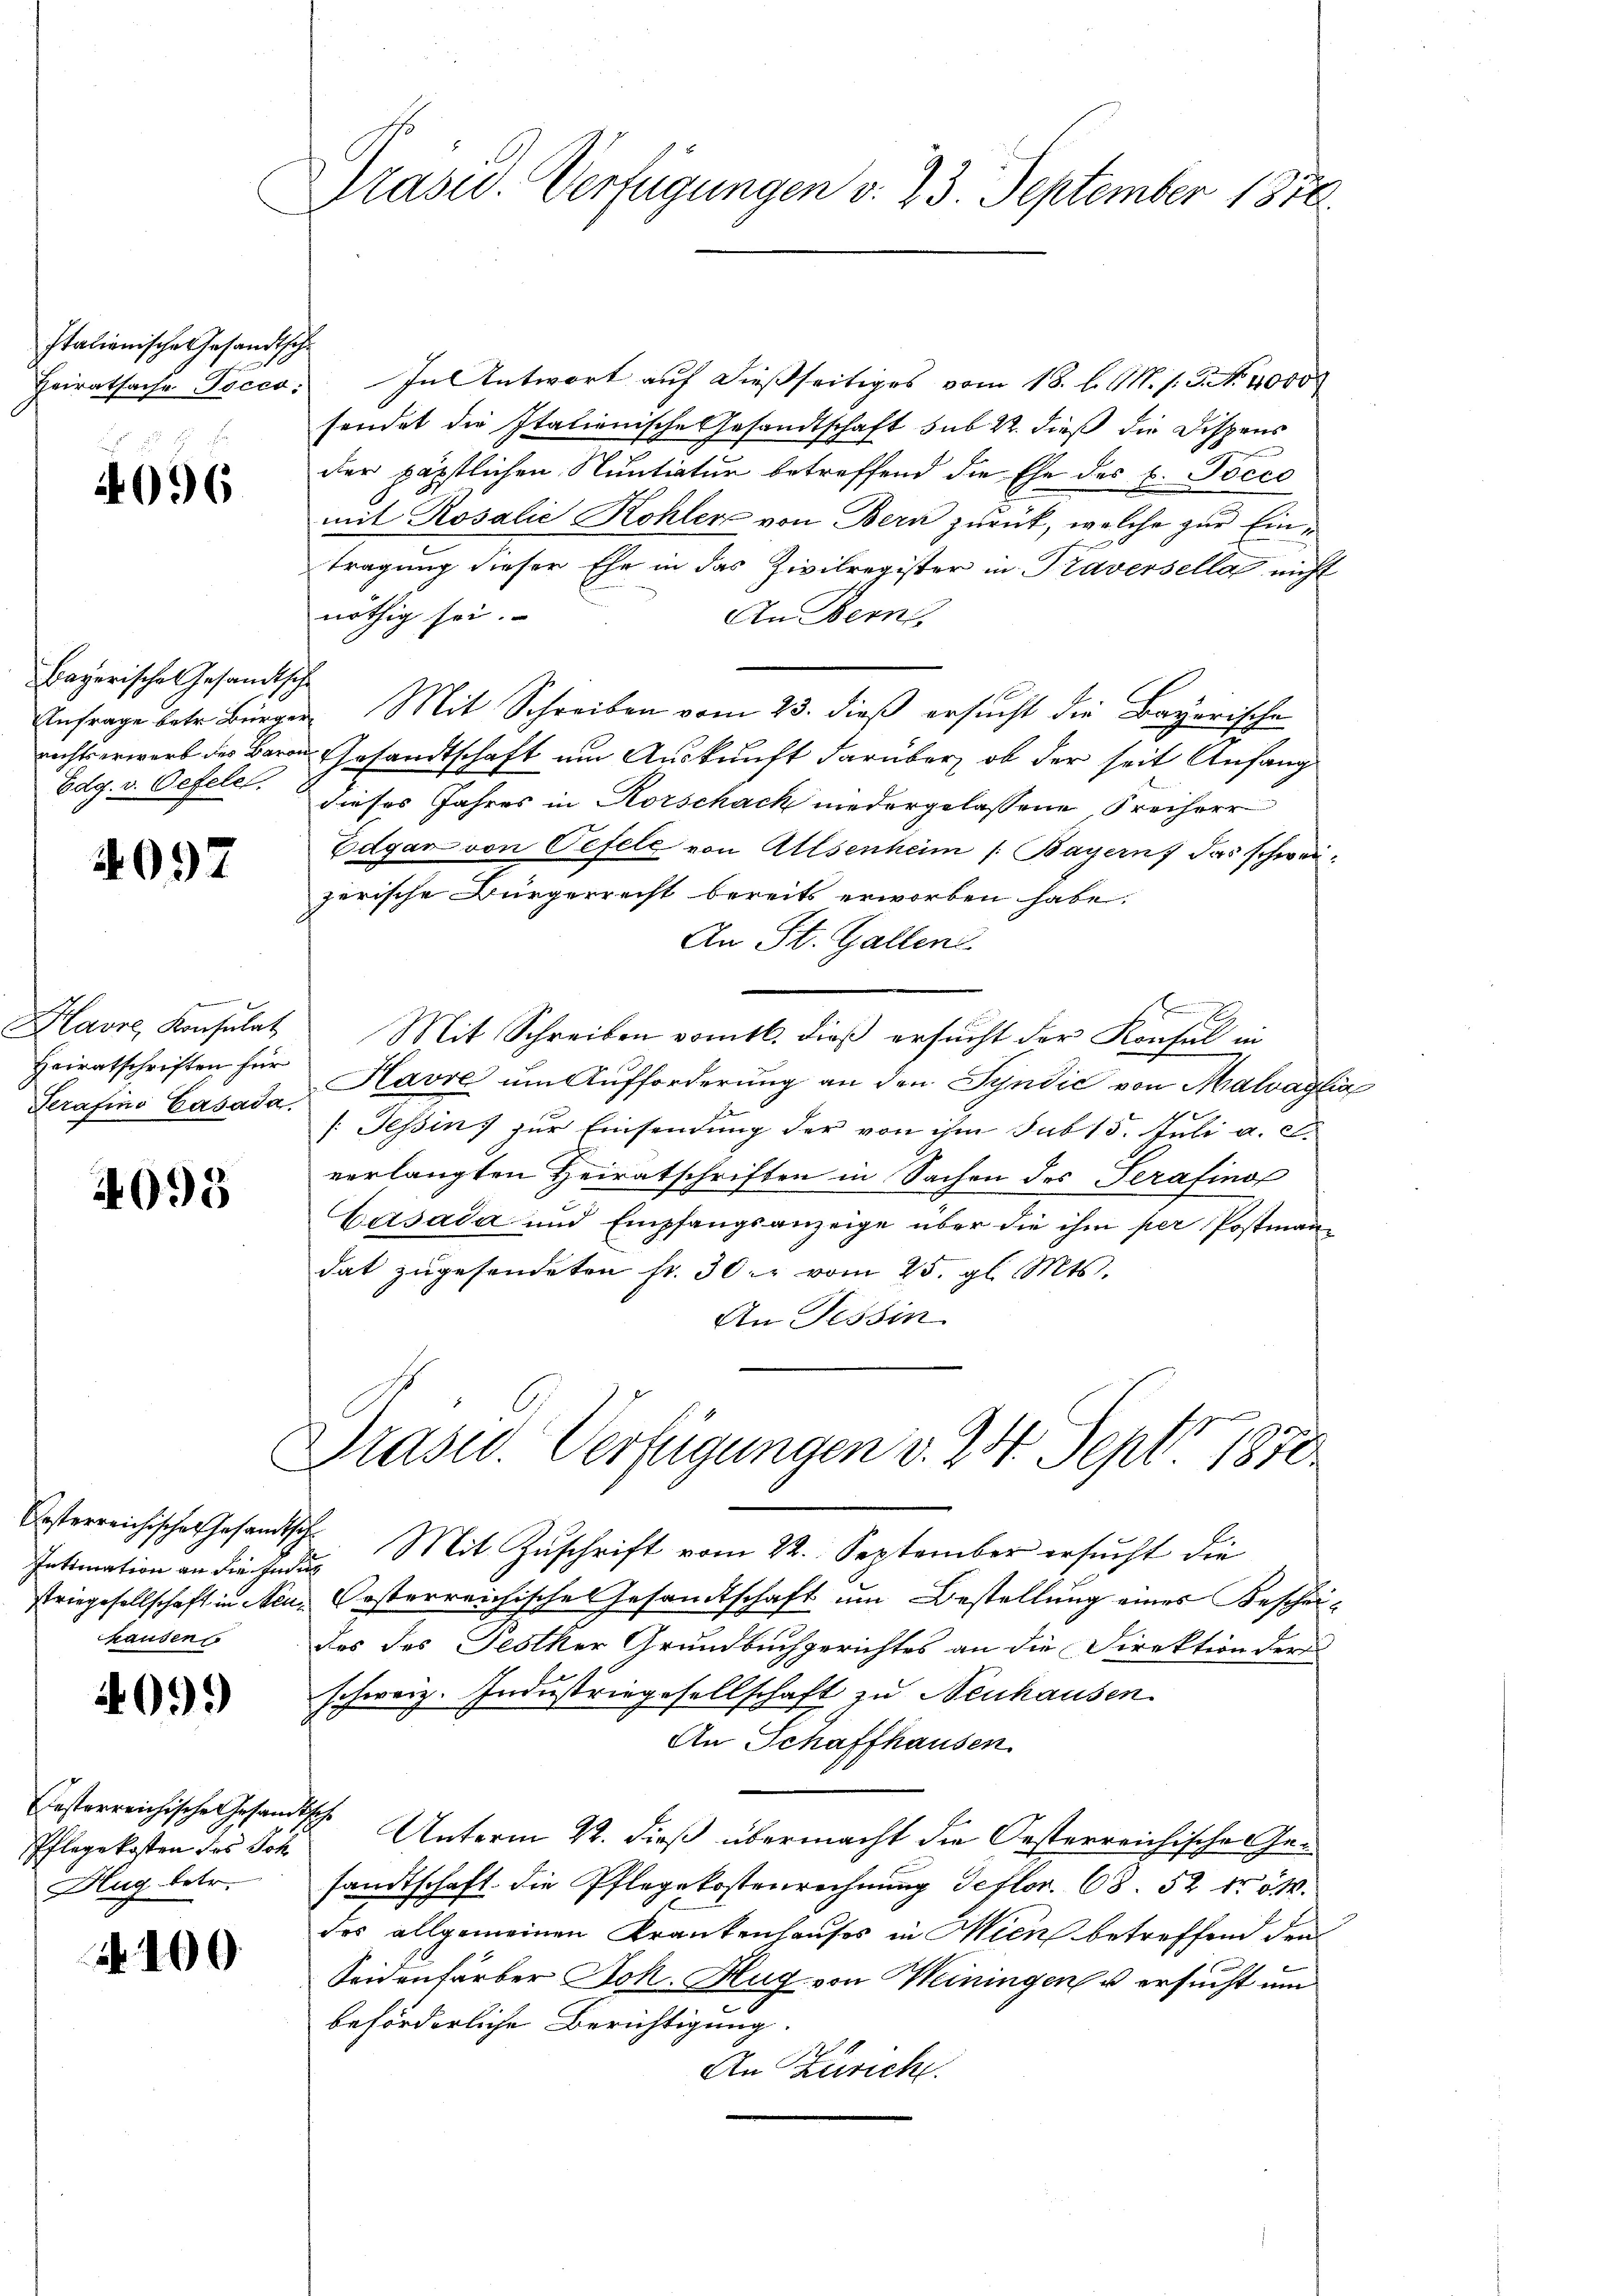
Italienische Gesandtsche

4096

bayerische Gesandtsche
Edg. v. Oefele

4097

e
Havre, Konsulat
Heiratschriften für
Serafins Casada,

4095

besterreichischen Gesandtsch
hausen

2099

festerreichische Gesandtsche
Pflegekosten des Joh
Hug betr.

100

Präsid. Verfügungen v. 23. September 1850.

Heiratsache Pocco: In Antwort auf dießseitiges vom 18. l. M. h. G. No. 4000
sendet die Italienische Gesandtschaft sub 22. dieß die Dispens
der päpstlichen Suntiatur betreffend die Ehe des E. Pocce
mit Rosalie Kohler von Bern zurück, welche zur Eintragung dieser Ehe in das Zivilregister in Traversella nicht
nöthig sei.
An Bern
Anfrage betr. Bürger Mit Schreiben vom 23. dieß ersucht die Bayerische
rechtserwerb des Baron Gesandtschaft um Auskunft darüber, ob der seit Anfang
dieses Jahres in Rorschach niedergelassene Freiherr
Edgar von Oefele von Allsenheim /: Bayern, das schweizerische Bürgerrecht bereits erworben habe.
An St. Gallen.
Mit Schreiben vom 16. dieß ersucht der Konsul in
Havre um Aufforderung an den Syndić von Malvage
/: Tessin, zur Einsendung der von ihm sub 15. Juli a. c.
verlangten Heiratschriften in Sachen des Serafino
Casada und Empfangsanzeige über die ihm per Postman
dat zŭgesendeten fr. 30. vom 25. gl. Mts.
An Tessin
Präsid. Verfügungen v. 24. Sept 1870
Intimation an die Indus Mit Zŭschrift vom 22. September ersŭcht die
striegesellschaft in Neue Kosterreichisches Gesandtschaft um Bestellung eines Bescheides des Festker Grundbuchgerichtes an die Direktion der
schweiz. Industriegesellschaft zu Neuhausen.
An Schaffhausen
Unterm 22. dieß übermacht die Oesterreichische esandtschaft die Pflegekostenrechnung deftor. 68. 52 fr 5 M.
des allgemeinen Krankenhauses in Wien betreffend den
Seidenfärber Joh. Hug von Weiningen u ersucht um
beförderliche Berichtigung.
2
An Zürich.